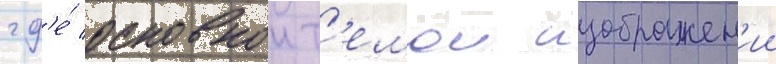
гд'е́ основнои т'емои изображен'ии